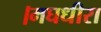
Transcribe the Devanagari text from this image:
।मघधीरा